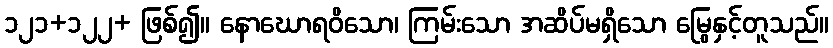
၁၂၁+၁၂၂+ ဖြစ်၍။ နောဃောရဝိသော၊ ကြမ်းသော အဆိပ်မရှိသော မြွေနှင့်တူသည်။